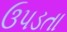
ઉપડતા